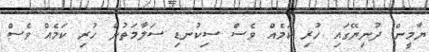
ޔާމީން ދުނިޔޭގައި ހުރި ކަމެއް ވެސް ސިކުނޑި ސަލާމަތުން ހުރި ކަމެއް ވެސް